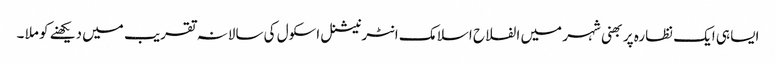
ایسا ہی ایک نظارہ پربھنی شہر میں الفلاح اسلامک انٹرنیشنل اسکول کی سالانہ تقریب میں دیکھنے کو ملا ۔